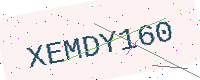
Text: XEMDY160